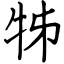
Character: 牬